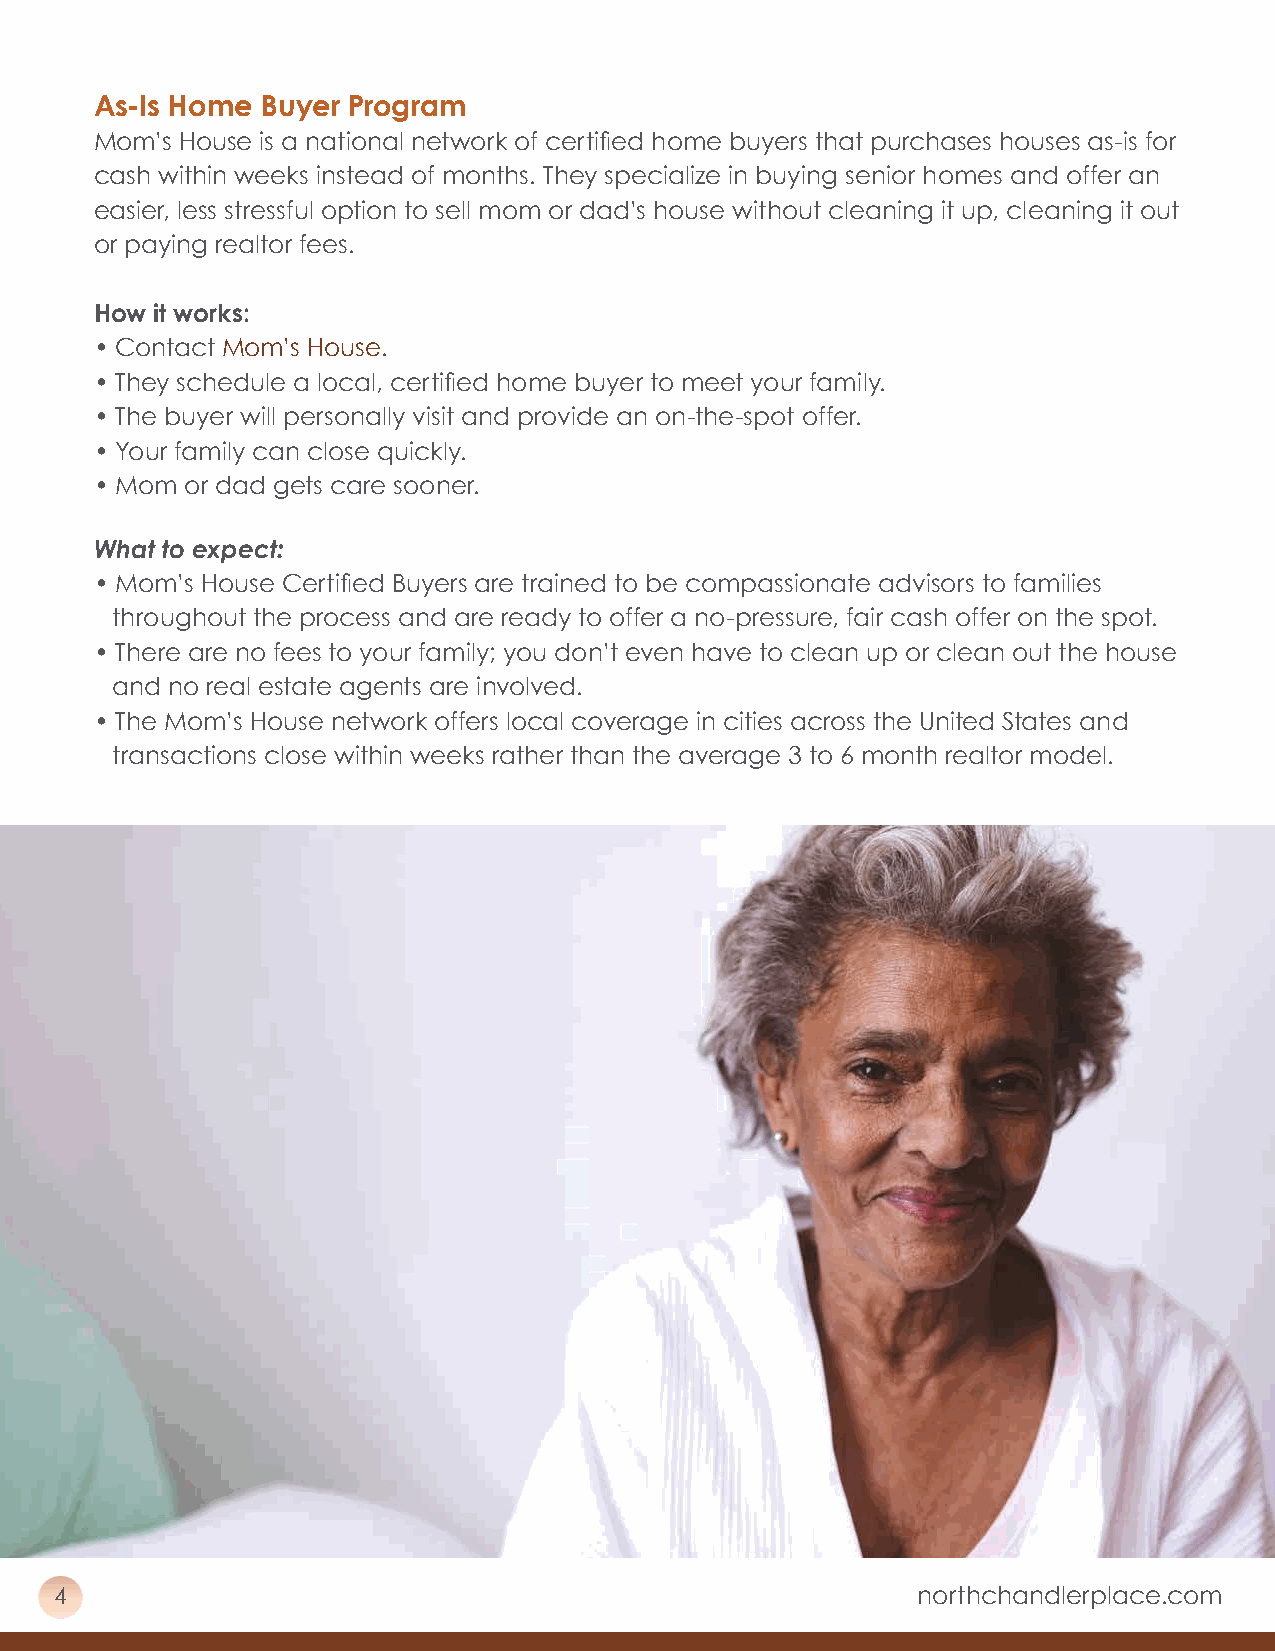
As-Is Home Buyer Program
 Mom’s House is a national network of certified home buyers that purchases houses as-is for
 cash within weeks instead of months. They specialize in buying senior homes and offer an
 easier, less stressful option to sell mom or dad’s house without cleaning it up, cleaning it out
 or paying realtor fees.
 How it works:
 • Contact Mom’s House.
 • They schedule a local, certified home buyer to meet your family.
 • The buyer will personally visit and provide an on-the-spot offer.
 • Your family can close quickly.
 • Mom or dad gets care sooner.
 What to expect:
 • Mom’s House Certified Buyers are trained to be compassionate advisors to families
 throughout the process and are ready to offer a no-pressure, fair cash offer on the spot.
 • There are no fees to your family; you don’t even have to clean up or clean out the house
 and no real estate agents are involved.
 • The Mom’s House network offers local coverage in cities across the United States and
 transactions close within weeks rather than the average 3 to 6 month realtor model.
 4                                                        northchandlerplace.com